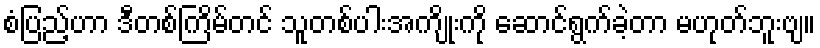
စံပြည့်ဟာ ဒီတစ်ကြိမ်တင် သူတစ်ပါးအကျိုးကို ဆောင်ရွက်ခဲ့တာ မဟုတ်ဘူးဗျ။